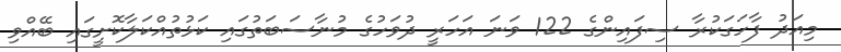
މިއަދު ފާހަގަކުރާ ސިފައިންގެ 122 ވަނަ އަހަރީ ދުވަހުގެ މުނާސަބަތުގައި ކަޅުތުއްކަލާކޮށީގައި ބޭއްވި